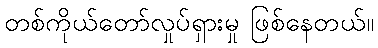
တစ်ကိုယ်တော်လှုပ်ရှားမှု ဖြစ်နေတယ်။